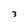
Character: 3